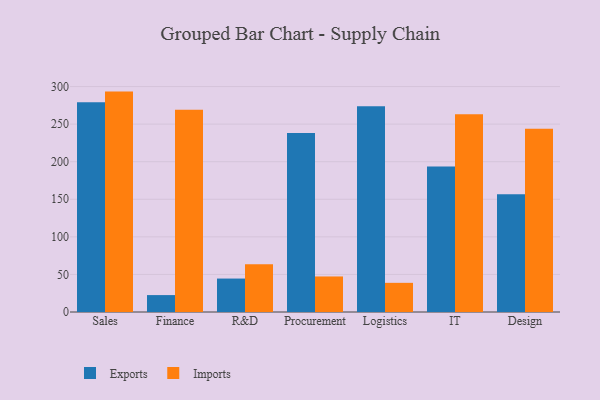
{"axis": {"x": "Department", "y": "Bounce Rate (%)"}, "legend": ["Exports", "Imports"], "data": [{"x": "Sales", "y": 279.0, "type": "Exports"}, {"x": "Sales", "y": 293.3, "type": "Imports"}, {"x": "Finance", "y": 22.5, "type": "Exports"}, {"x": "Finance", "y": 269.0, "type": "Imports"}, {"x": "R&D", "y": 44.5, "type": "Exports"}, {"x": "R&D", "y": 63.6, "type": "Imports"}, {"x": "Procurement", "y": 238.3, "type": "Exports"}, {"x": "Procurement", "y": 47.3, "type": "Imports"}, {"x": "Logistics", "y": 273.9, "type": "Exports"}, {"x": "Logistics", "y": 38.8, "type": "Imports"}, {"x": "IT", "y": 193.7, "type": "Exports"}, {"x": "IT", "y": 263.1, "type": "Imports"}, {"x": "Design", "y": 156.8, "type": "Exports"}, {"x": "Design", "y": 243.9, "type": "Imports"}]}